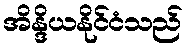
အိန္ဒိယနိုင်ငံသည်